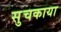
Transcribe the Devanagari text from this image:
सुचकाया